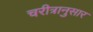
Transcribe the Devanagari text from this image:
चरीत्रानुसार